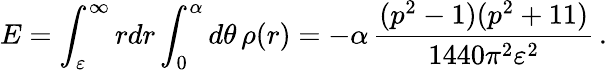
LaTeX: E=\int_{\varepsilon}^{\infty}rdr\int_{0}^{\alpha}d\theta\, \rho(r)=-\alpha\, \frac{(p^{2}-1)(p^{2}+11)}{1440\pi^{2}\varepsilon^{2}}\, .